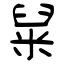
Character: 䊆